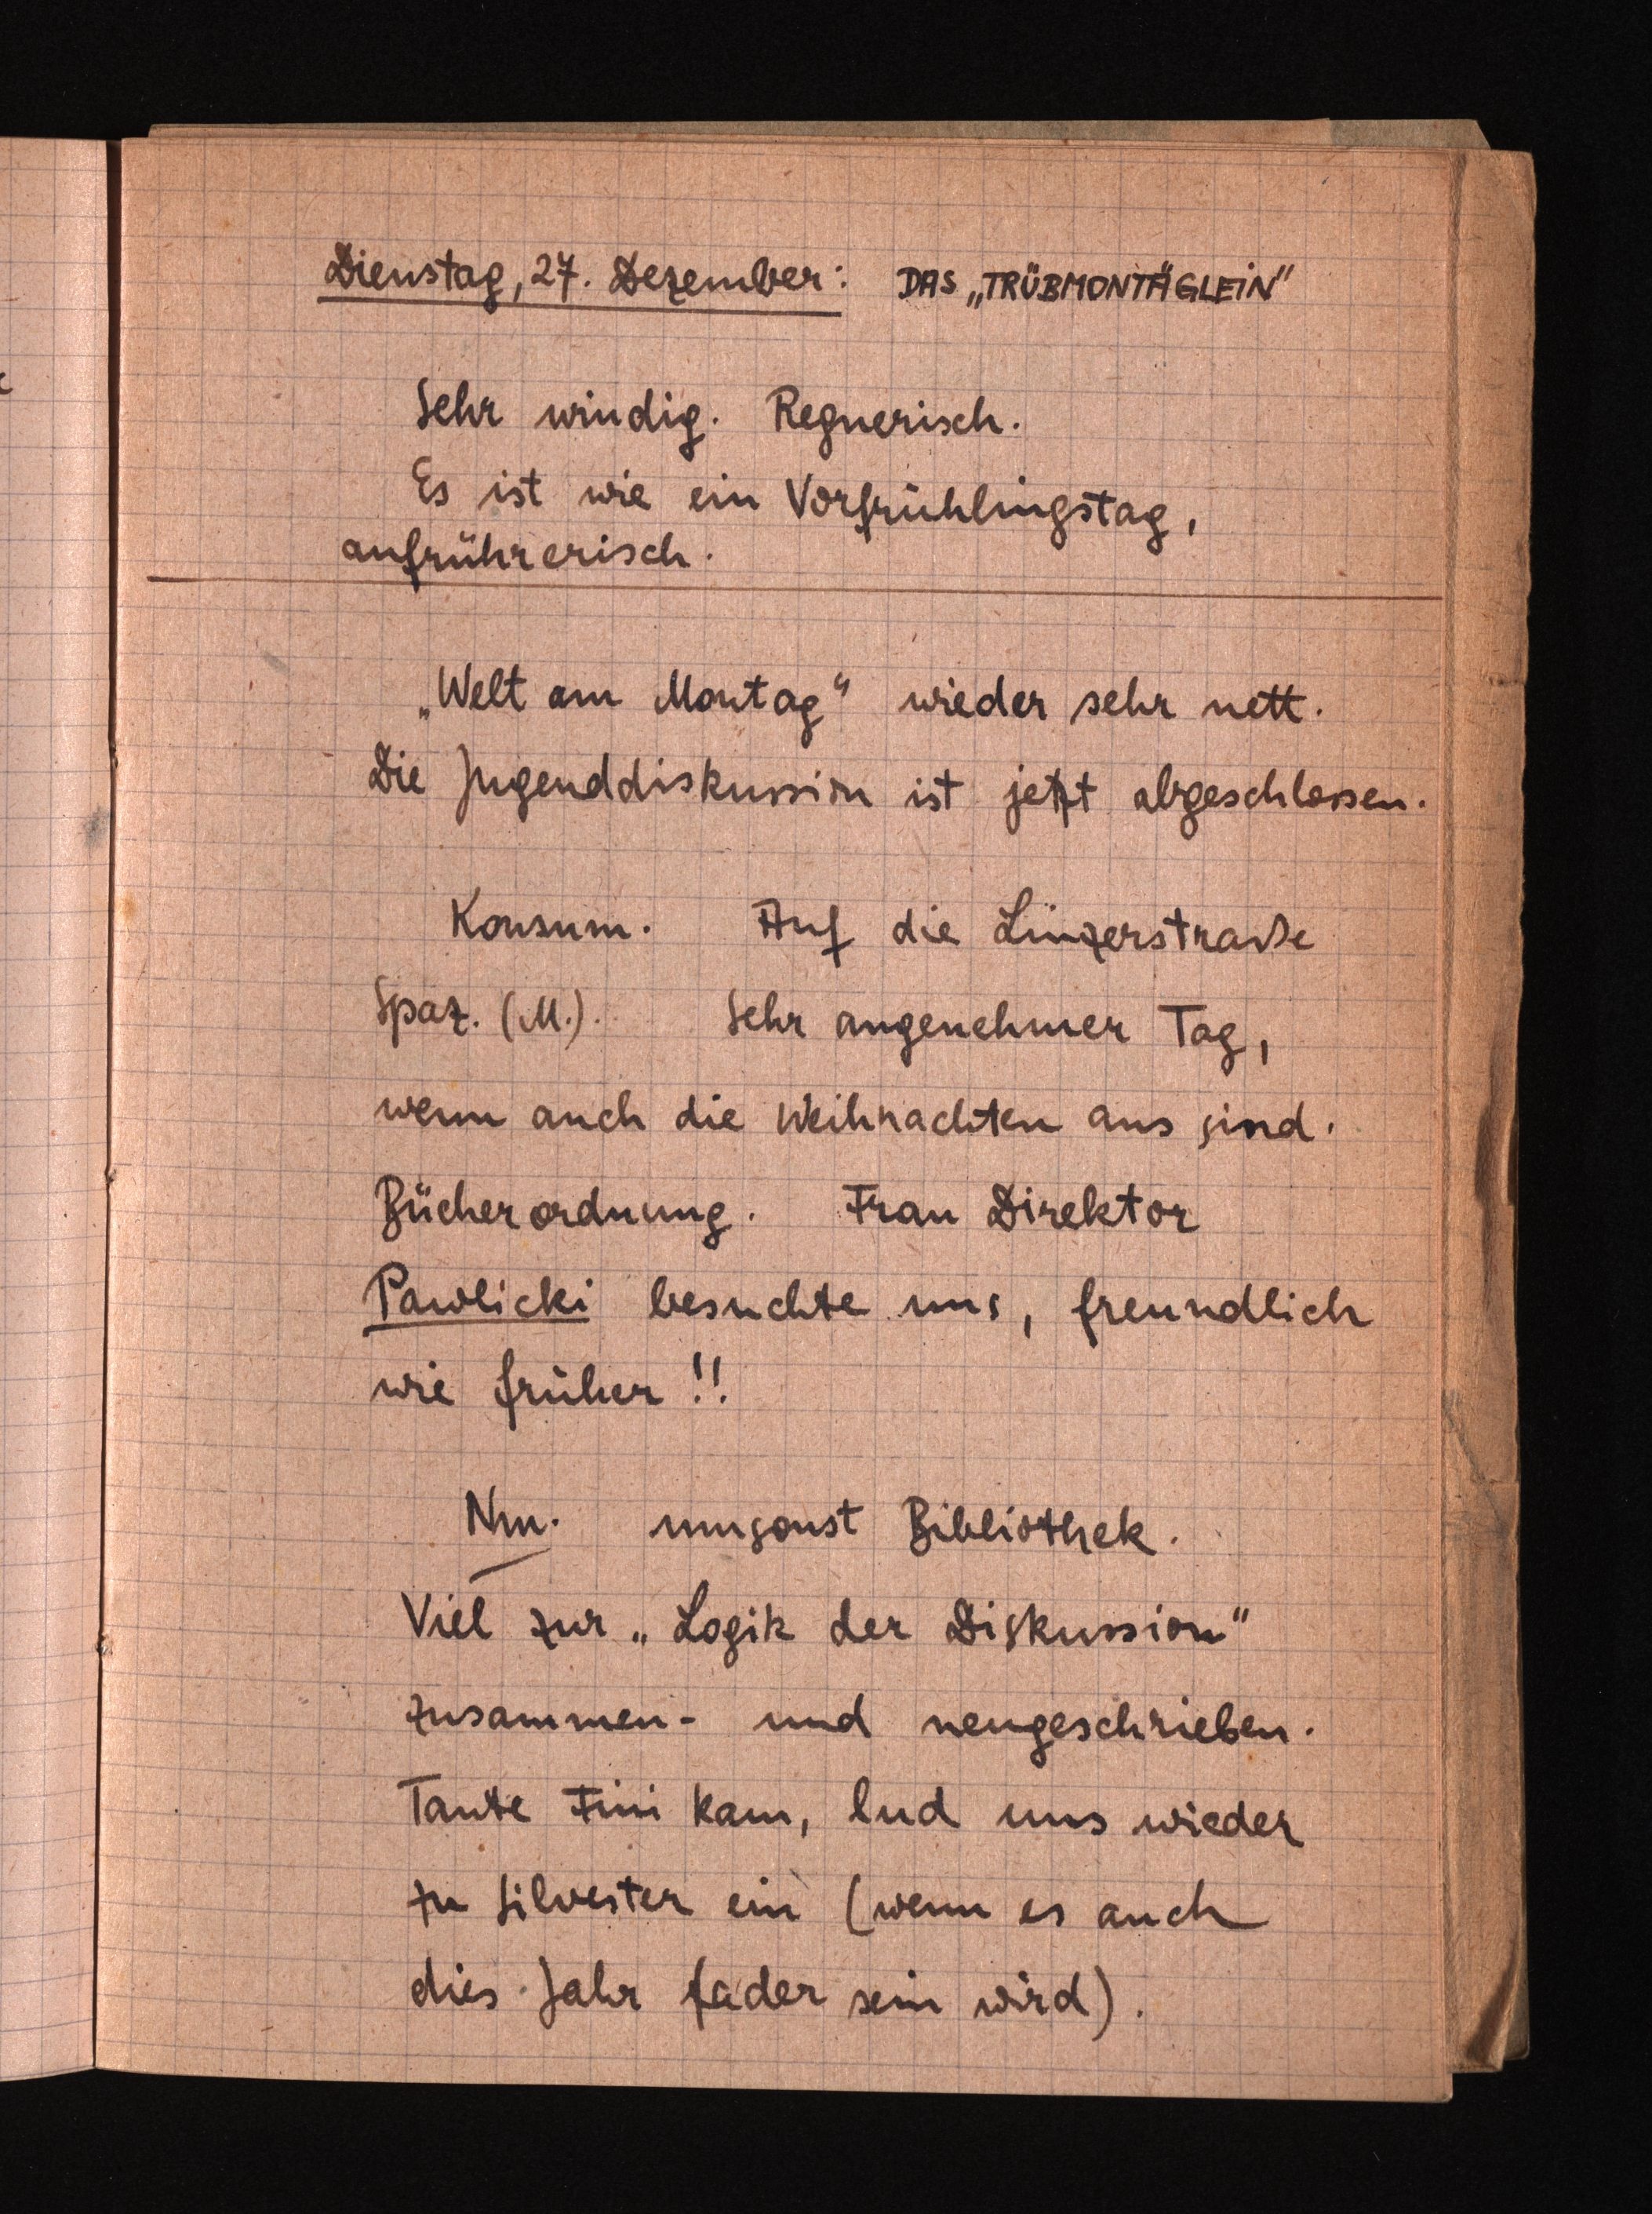
Dienstag, 27. Dezember: Das TROBMONMHELiN
Sehr windig. Regnerisch.
Es ist wie ein Vorfrühlingstag.
aufrührerisch.
"Welt am Montag" wieder sehr nett.
Die Jugenddiskussion ist jetzt abgeschlessen.
Konsum. Auf die Linzerstraße
Spaz. (M.). Sehr angenehmer Tag,
wenn auch die Weihnachten aus sind.
Bücherordnung. Frau Direktor
Pawlicki besuchte uns, freundlich
wie früher!!
Nm. umsonst Bibliothek.
Viel zur "Logik der Diskussion"
zusammen- und neugeschrieben.
Tante Fim kam, lud uns wieder
zu Silvester ein (wenn es auch
dies Jahr fader sein wird).